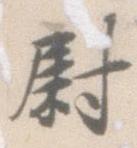
尉